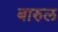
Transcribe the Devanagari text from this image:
बारुल